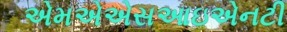
એમએએસઆઇએનટી